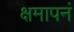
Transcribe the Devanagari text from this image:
क्षमापनं